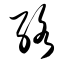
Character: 络